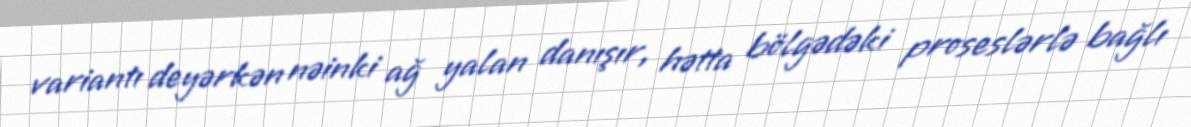
variantı deyərkən nəinki ağ yalan danışır, hətta bölgədəki proseslərlə bağlı